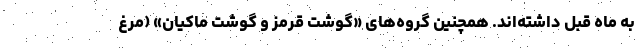
به ماه قبل داشته‌اند. همچنین گروه‌‌های «گوشت قرمز و گوشت ماکیان» (مرغ